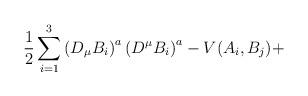
LaTeX: \begin{align*}\frac{1}{2} \sum_{i=1}^{3} \left( D_{\mu} B_{i} \right)^{a} \left( D^{\mu} B_{i} \right)^{a} - V(A_i , B_j) +\end{align*}